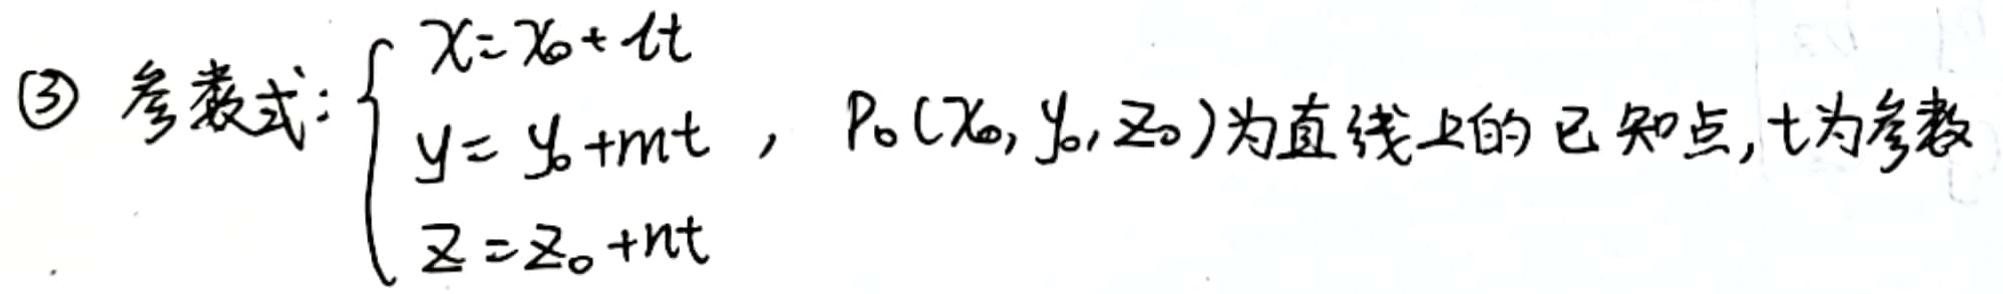
$\textcircled{3}$ 参数式：$\begin{cases}x = x_0 + lt \\ y = y_0 + mt \\ z = z_0 + nt\end{cases}$，$P_0(x_0, y_0, z_0)$为直线上的已知点，$t$为参数